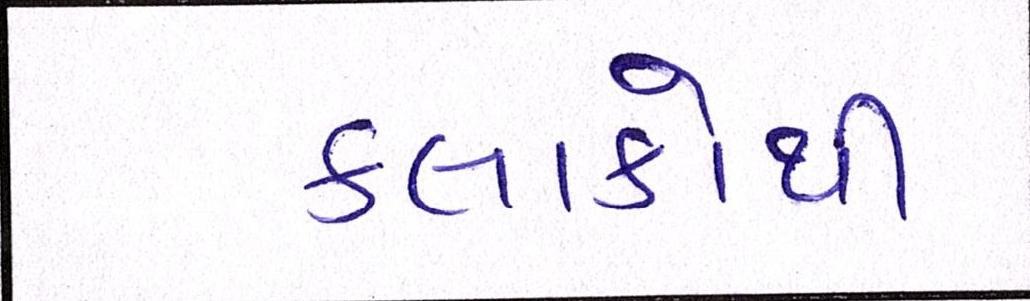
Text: કલાકોથી